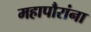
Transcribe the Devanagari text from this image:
महापौरांना